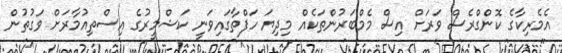
އެމެރިކާގެ ކޮންގްރެސް ވަރަށް އިސް މެމްބަރުންތަކެއް މިދިޔަ ހަފްތާގައިވަނީ ކަޝްމީރުގެ އިސްތިއުމާރަށް ވަގުތުން